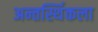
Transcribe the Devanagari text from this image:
अन्तर्स्थिकला